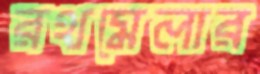
রথমেলার